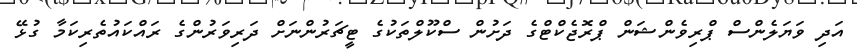
އަދި ވަޔަލެންސް ޕްރިވެންޝަން ޕްރޮޖެކްޓްގެ ދަށުން ސްކޫލްތަކުގެ ޓީޗަރުންނަށް ދަރިވަރުންގެ ރައްކައުތެރިކަމާ ގުޅޭ